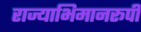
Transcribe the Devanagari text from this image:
राज्याभिमानरूपी